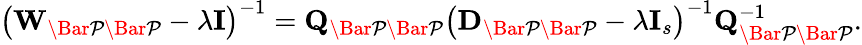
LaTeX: \left(\mathbf{W}_{\mathcal{\Bar{P}\Bar{P}}}-\lambda\mathbf{I}\right)^{-1}=\mathbf{Q}_{\mathcal{\Bar{P}\Bar{P}}}\left(\mathbf{D}_{\mathcal{\Bar{P}\Bar{P}}}-\lambda\mathbf{I}_{s}\right)^{-1}\mathbf{Q}_{\mathcal{\Bar{P}\Bar{P}}}^{-1}.